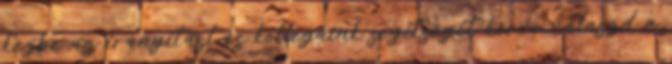
kézbe az irányítást és kollégáink segítségét kérve válaszd a